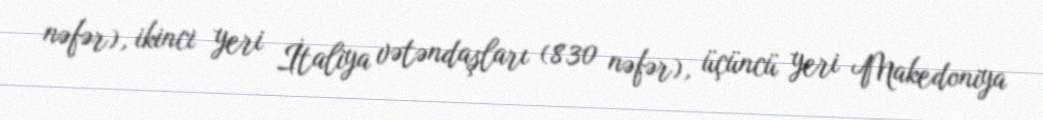
nəfər), ikinci yeri İtaliya vətəndaşları (830 nəfər), üçüncü yeri Makedoniya